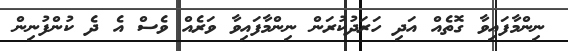
ނިންމާފައިވާ ގޮތެއް އަދި ހަރަދުކުރަން ނިންމާފައިވާ ވަރެއް ވެސް އެ ދެ ކުންފުނިން